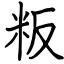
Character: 粄